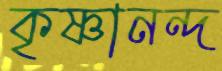
কৃষ্ণানন্দ